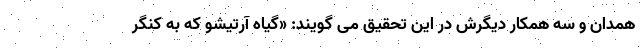
همدان و سه همکار دیگرش در این تحقیق می گویند: «گیاه آرتیشو که به کنگر